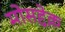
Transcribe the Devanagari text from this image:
मोसद्देक़